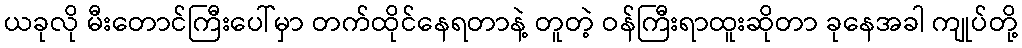
ယခုလို မီးတောင်ကြီးပေါ်မှာ တက်ထိုင်နေရတာနဲ့ တူတဲ့ ဝန်ကြီးရာထူးဆိုတာ ခုနေအခါ ကျုပ်တို့